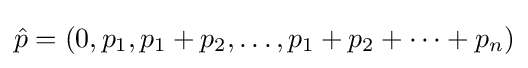
{\hat {p}}=(0,p_{1},p_{1}+p_{2},\ldots ,p_{1}+p_{2}+\cdots +p_{n})